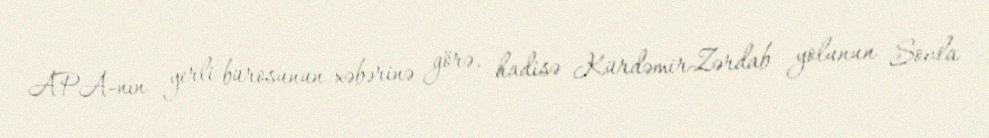
APA-nın yerli bürosunun xəbərinə görə, hadisə Kürdəmir-Zərdab yolunun Sovla